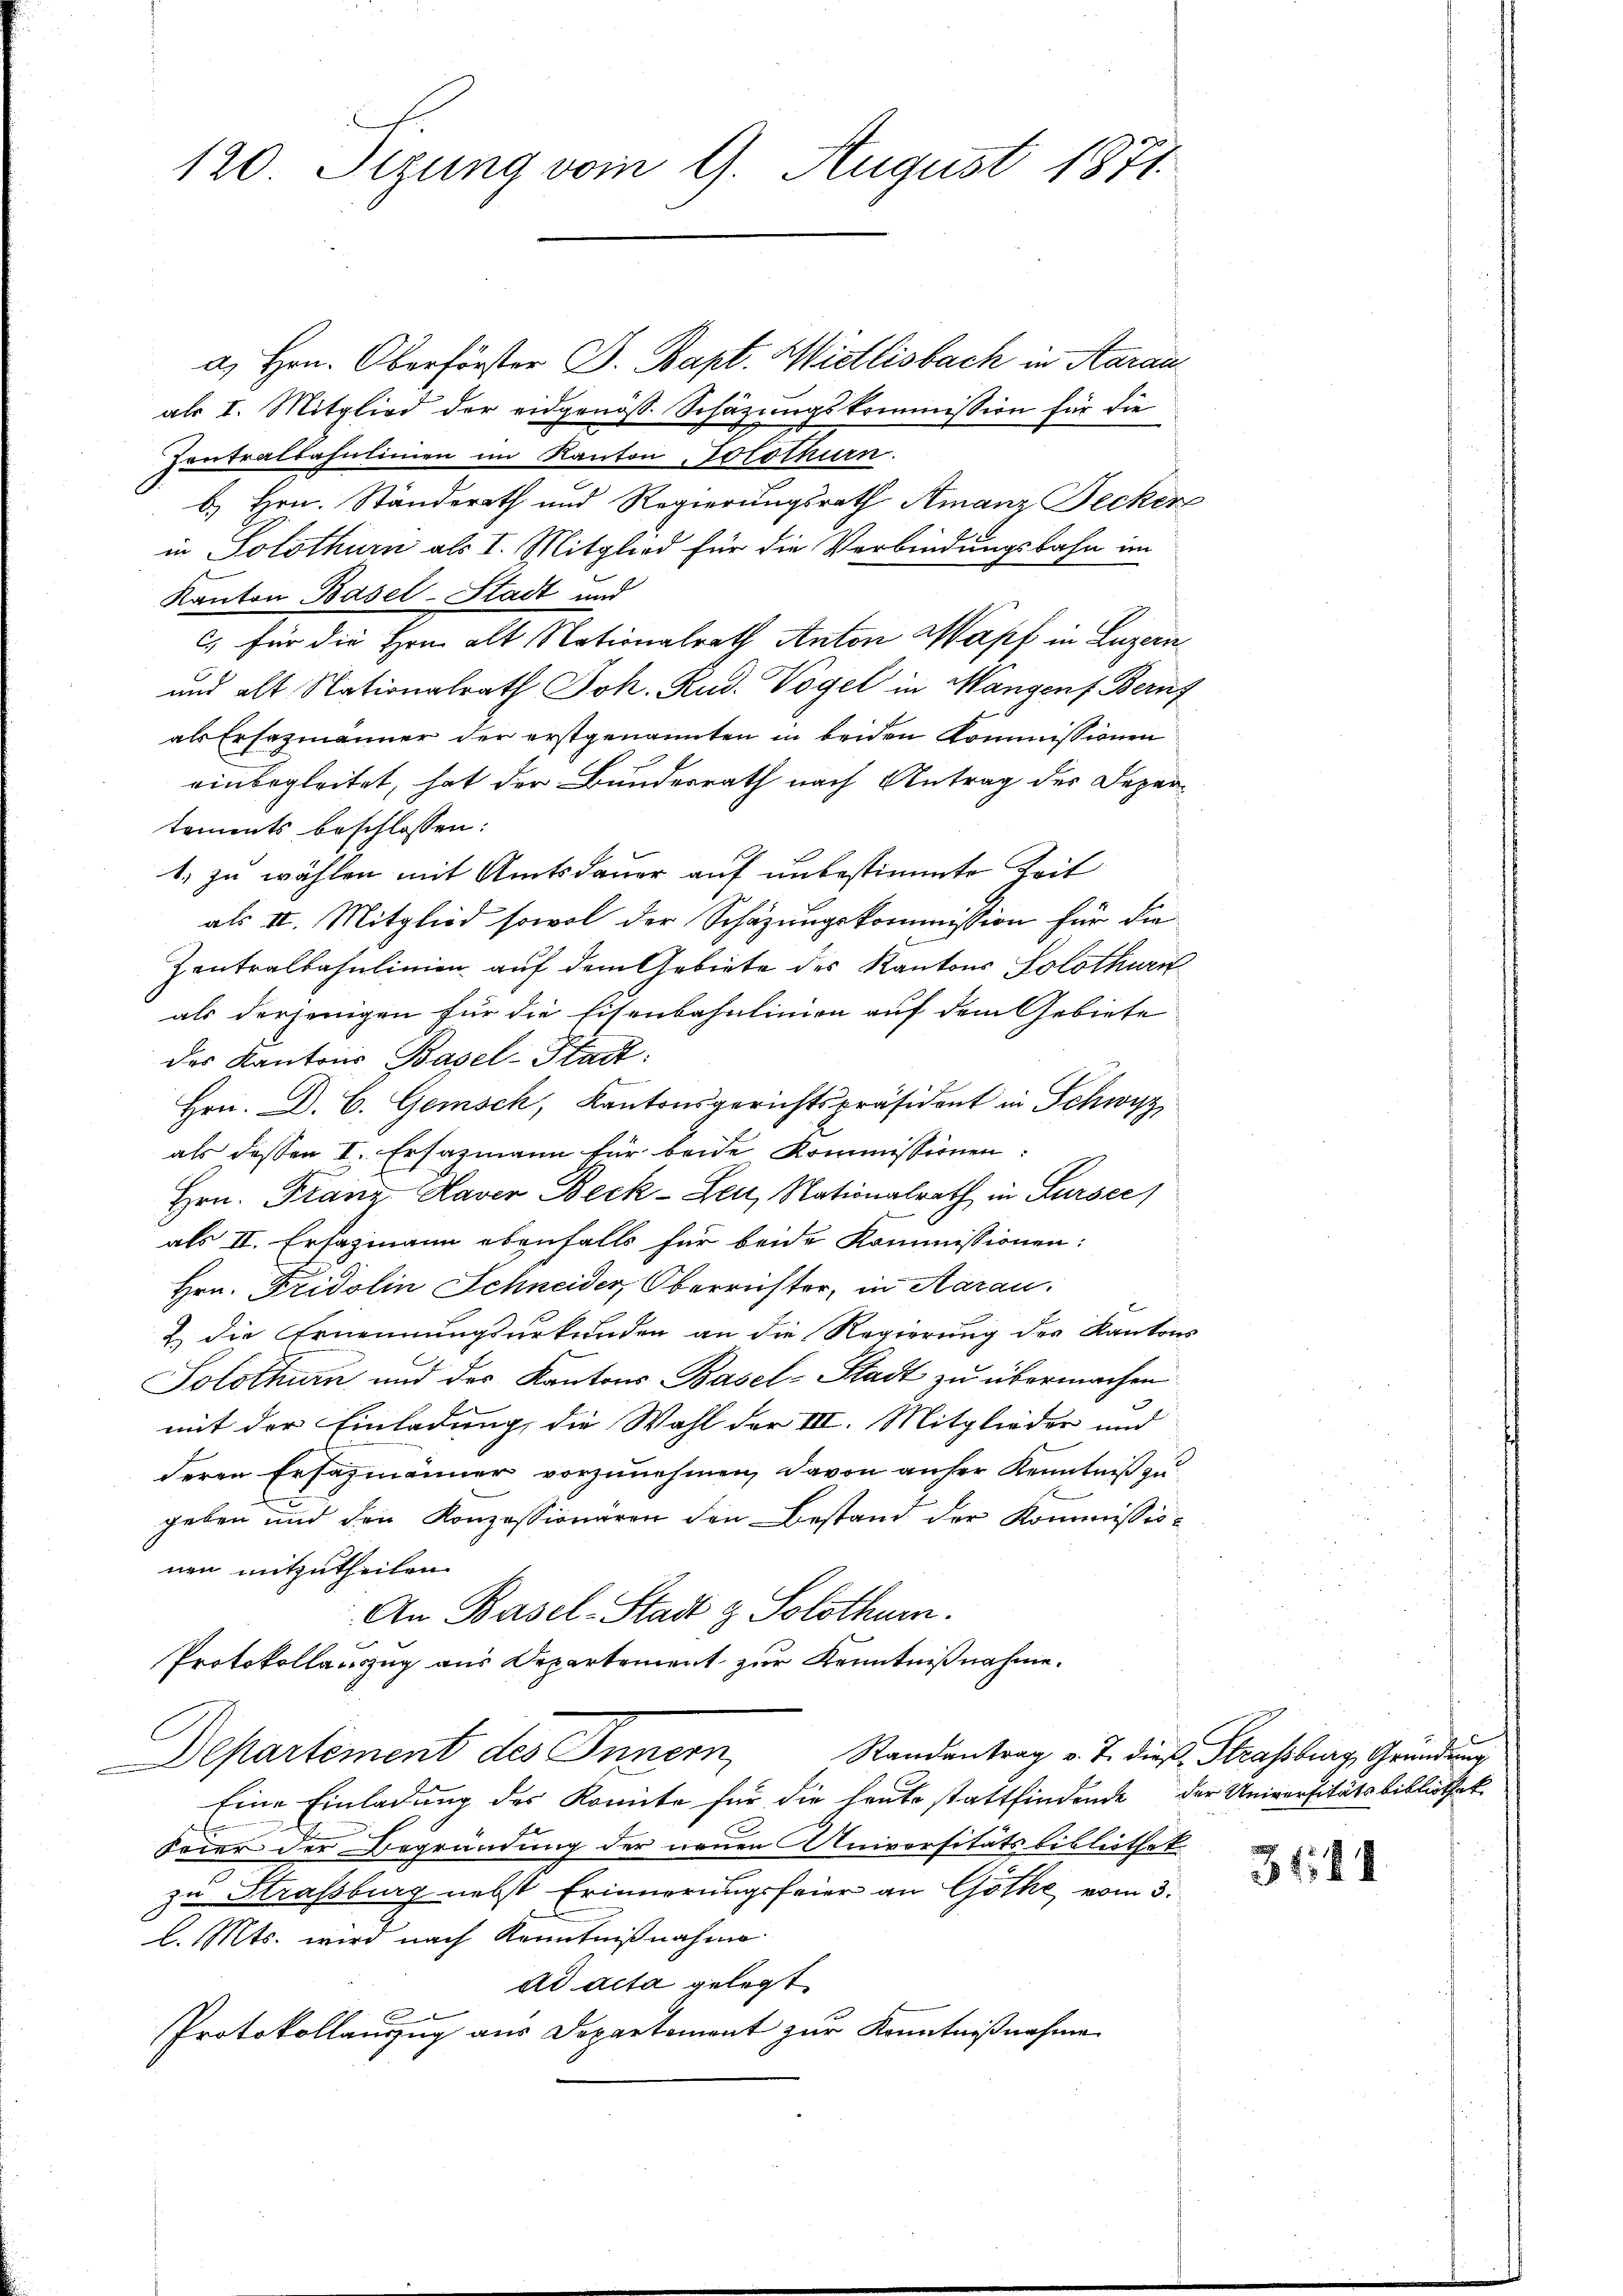
120 Tizung vom 9. August 1871

a. Hrn. Oberförster J. Bapt. Wietlisbach in Aarau
als I. Mitglied der eidgenöss. Schäzungskommission für die
Contralbahnlinien im Kanton Solothurn.
b) Hrn. Ständerath und Regierungsrath Amanz Fecker
in Solothurn als I. Mitglied für die Verbindungsbahn im
Kanton Basel-Stadt und
c., für die Hrn. alt Nationalrath Anton Wapf in Luzern
und alt Nationalrath Joh. Rud. Vogel in Mangen Berns
als Ersazmänner der erstgenannten in beiden Kommissionen
einbegleitet, hat der Bundesrath nach Antrag des Departements beschlossen:
1. zu wählen mit Amtsdauer auf unbestimmte Zeit
als II. Mitglied sowol der Schazungskommission für die
Zentralbahnlinien auf dem Gebiete des Kantons Solothurn
als derjenigen für die Eisenbahnlinien auf dem Gebiete
des Kantons Basel-Stadt.
Hrn. D. C. Gemisch, Kantonsgerichtspräsident in Schwyz,
als dessen I. Ersazmann für beide Kommissionen:
Hrn. Franz Haver Beck-Leu, Nationalrath in Sursee
als II. Ersazmann ebenfalls für beide Kommissionen:
Hrn. Fridolin Schneider, Oberreister, in Aarau
E
2.) Die Ernennungsurkunden an die Regierung des Kantons
Solothurn und der Kantons Basel-Stadt zu übermachen
mit der Einladung, die Wahl der III. Mitglieder und
deren Ersazmänner vorzunehmen, davon anher Kenntniß zu
geben und den Konzessionären den Bestand der Kommissionen mitzutheilen.
An Basel-Stadt & Solothurn.
Protokollauszug aus Departement zur Kenntnißnahme.
Randantrag v. J. dieß Strassburg, Gründung
Departement des Innern,
Eine Einladung des Komite für die heute stattfindende der Universitätsbibliothek
Feier der Begründung der neuen Universitätsbibliothek.
zu Strassburg nebst Erinnerungsfeier an Göthe vom 3.
l. Mts. wird nach Kenntnißnahme
ad acta gelegt.
Protokollaŭzŭg aŭs Departement zŭr Kenntnißnahme

314